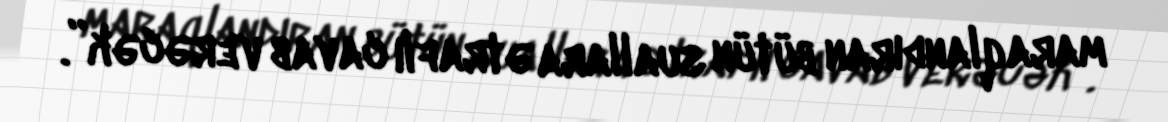
maraqlandıran bütün suallara ətraflı cavab verəcək”.